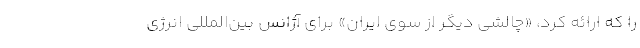
را که ارائه کرد، «چالشی دیگر از سوی ایران» برای آژانس بین‌المللی انرژی